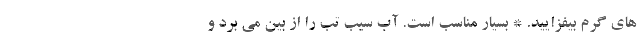
های گرم بیفزایید. * بسیار مناسب است. آب سیب تب را از بین می برد و